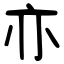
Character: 亦